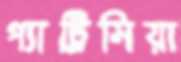
প্যাট্রিসিয়া